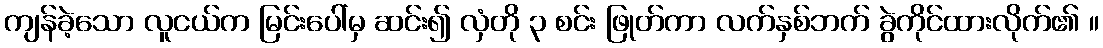
ကျန်ခဲ့သော လူငယ်က မြင်းပေါ်မှ ဆင်း၍ လှံတို ၃ စင်း ဖြုတ်ကာ လက်နှစ်ဘက် ခွဲကိုင်ထားလိုက်၏ ။